Malaria in the Andamans - Number 56
Disease focus: Malaria
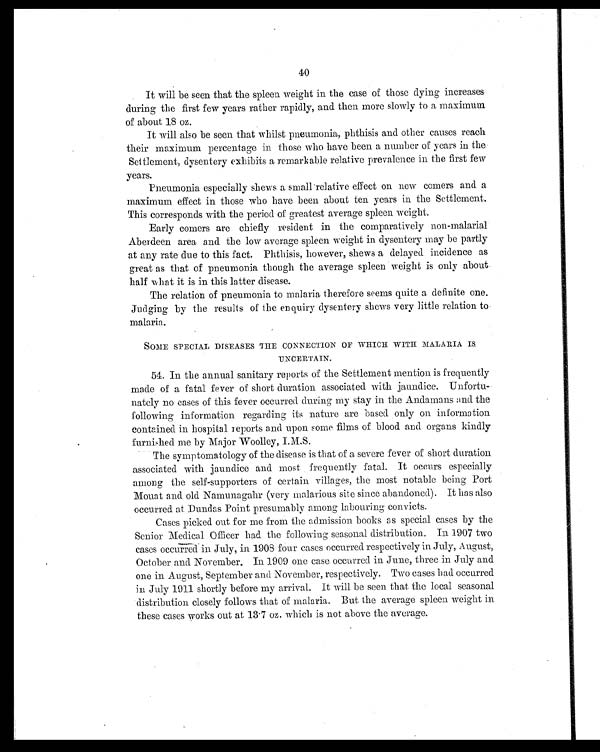
40
It will be seen that the spleen weight in the case of those dying increases
during the first few years rather rapidly, and then more slowly to a maximum
of about 18 oz.
It will also be seen that whilst pneumonia, phthisis and other causes reach
their maximum percentage in those who have been a number of years in the
Settlement, dysentery exhibits a remarkable relative prevalence in the first few
years.
Pneumonia especially shews a small relative effect on new comers and a
maximum effect in those who have been about ten years in the Settlement.
This corresponds with the period of greatest average spleen weight.
Early corners are chiefly resident in the comparatively non-malarial
Aberdeen area and the low average spleen weight in dysentery may be partly
at any rate due to this fact. Phthisis, however, shows a delayed incidence as
great as that of pneumonia though the average spleen weight is only about
half w hat it is in this latter disease.
The relation of pneumonia to malaria therefore seems quite a definite one.
Judging by the results of the enquiry dysentery shows very little relation to
malaria.
SOME SPECIAL DISEASES THE CONNECTION OF WHICH WITH MALARIA IS.
UNCERTAIN.
54. In the annual sanitary reports of the Settlement mention is frequently
made of a fatal fever of short duration associated with jaundice. Unfortu-
nately no cases of this fever occurred during my stay in the Andamans and the
following information regarding its nature are based only on information
contained in hospital reports and upon some films of blood and organs kindly
furnished me by Major Woolley, I.M.S.
The symptomatology of the disease is that of a severe fever of short duration
associated with jaundice and most frequently fatal. It occurs especially
among the self-supporters of certain villages, the most notable being Port
Mount and old Namunagahr (very malarious site since abandoned). It has also
occurred at. Dundas Point presumably among labouring convicts.
Cases picked out for me from the admission books as special cases by the
Senior Medical Officer had. the following seasonal distribution. In 1907 two
cases occurred in July, in 1908 four cases occurred respectively in July, August,
October and November. In 1909 one case occurred in June, three in July and
one in August, September and November, respectively. Two cases had occurred
in July 1911 shortly before my arrival. It will be seen that the local seasonal
distribution closely follows that of malaria. But the average spleen weight in
these cases works out at 13.7 oz. which is not above the average.